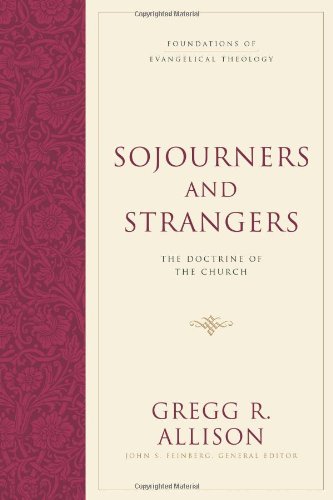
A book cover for Sojourners and Strangers: The Doctrine of the Church (Foundations of Evangelical Theology); Gregg R. Allison; Christian Books & Bibles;